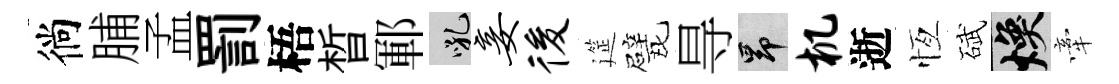
徜脯孟罰梧晳鄆吼妾後筵戏㝵昂机逝恆碔焕牽